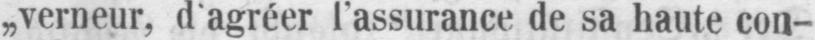
„verneur, d’agréer l’assurance de sa haute con-